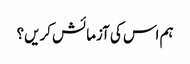
ہم اس کی آزمائش کریں؟